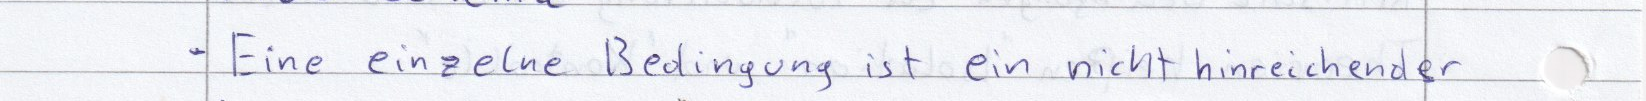
- Eine einzelne Bedingung ist ein nicht hinreichender